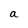
Character: a